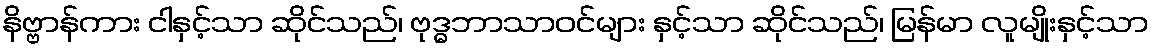
နိဗ္ဗာန်ကား ငါနှင့်သာ ဆိုင်သည်၊ ဗုဒ္ဓဘာသာဝင်များ နှင့်သာ ဆိုင်သည်၊ မြန်မာ လူမျိုးနှင့်သာ